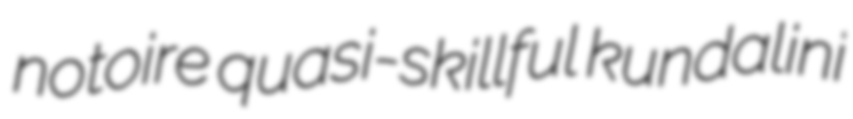
notoire quasi-skillful kundalini